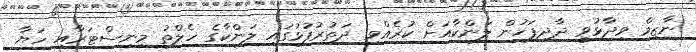
ނާޒިމް ވިދާޅުވީ ދާދިފަހުން ލަންކާއަށް ކުރެއްވި ދަތުރުފުޅުގައި ލަންކާގެ ހެލްތު މިނިސްޓަރާއި ހަޔާ